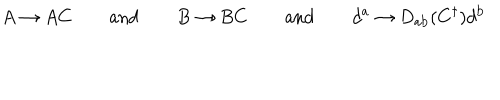
A \rightarrow A C \qquad { \mathrm { a n d } } \qquad B \rightarrow B C \qquad { \mathrm { a n d } } \qquad d ^ { \mathrm { a } } \rightarrow D _ { \mathrm { a b } } ( C ^ { \dagger } ) d ^ { \mathrm { b } }